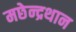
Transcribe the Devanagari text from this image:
मछेन्‍द्रथान